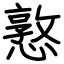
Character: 憝